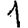
Digit: 1